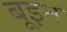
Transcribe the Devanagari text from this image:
बूइन